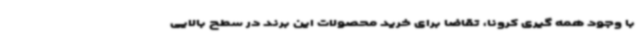
با وجود همه گیری کرونا، تقاضا برای خرید محصولات این برند در سطح بالایی